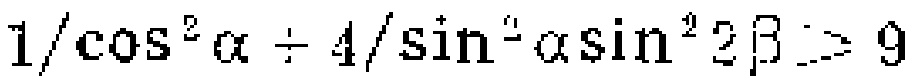
$\frac{1}{\cos^{2}\alpha}+\frac{4}{\sin^{2}\alpha\sin^{2}2\beta}\geq9$